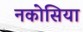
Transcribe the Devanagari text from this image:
नकोसिया